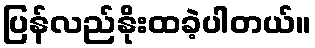
ပြန်လည်နိုးထခဲ့ပါတယ်။